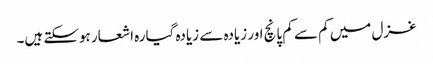
غزل میں کم سے کم پانچ اور زیادہ سے زیادہ گیارہ اشعار ہوسکتے ہیں۔